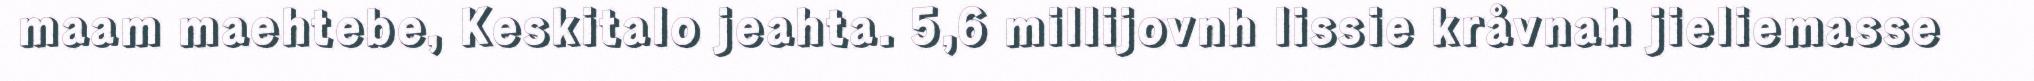
maam maehtebe, Keskitalo jeahta. 5,6 millijovnh lissie kråvnah jieliemasse